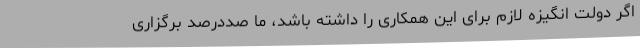
اگر دولت انگیزه لازم برای این همکاری را داشته باشد، ما صددرصد برگزاری